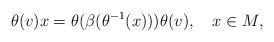
LaTeX: \begin{align*}\theta(v)x=\theta(\beta(\theta^{-1}(x)))\theta(v),\ \ \ x\in M,\end{align*}